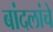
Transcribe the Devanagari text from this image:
बांदलांचे